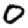
Digit: 0